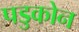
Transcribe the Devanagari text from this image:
पडुकोन